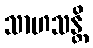
သာဟသန္တိ